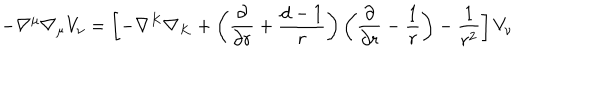
- \nabla ^ { \mu } \nabla _ { \mu } V _ { \nu } = \left[ - \nabla ^ { K } \nabla _ { K } + \left( { \frac { \partial } { \partial r } } + { \frac { d - 1 } { r } } \right) \left( { \frac { \partial } { \partial r } } - { \frac { 1 } { r } } \right) - { \frac { 1 } { r ^ { 2 } } } \right] V _ { \nu } ~ ~ ~